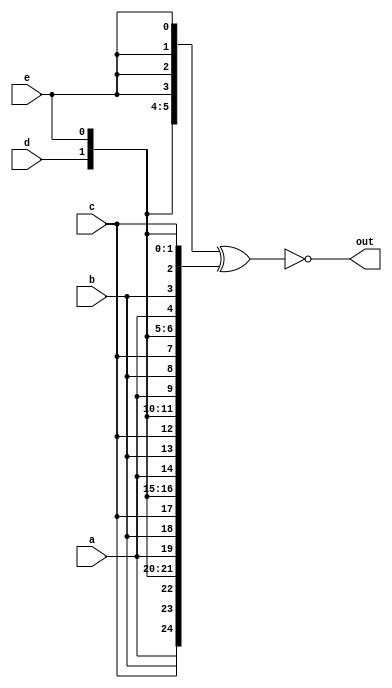
module top_module (
    input a, b, c, d, e,
    output [24:0] out );//
    
    wire [24:0] v1;
    assign v1 = {{5{a}}, {5{b}}, {5{c}}, {5{d}}, {5{e}}};
    wire [24:0] v2;
    assign v2 = {5{a,b,c,d,e}};
    assign out = ~(v1 ^ v2);
     
endmodule